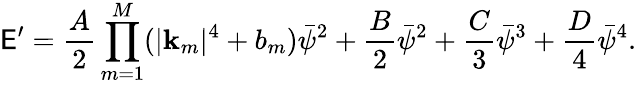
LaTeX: \mathsf{E}^{\prime}=\frac{{A}}{{2}}\prod_{m=1}^{M}(|\mathbf{{k}}_{m}|^{4}+b_{m})\bar{{\psi}}^{2}+\frac{{B}}{{2}}\bar{{\psi}}^{2}+\frac{{C}}{{3}}\bar{{\psi}}^{3}+\frac{{D}}{{4}}\bar{{\psi}}^{4}.